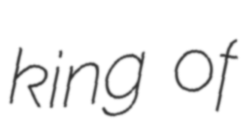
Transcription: king of